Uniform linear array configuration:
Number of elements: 64
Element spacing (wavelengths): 0.75
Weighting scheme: exponential
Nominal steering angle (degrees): -30
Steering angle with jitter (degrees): -28.955
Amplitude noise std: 0.05
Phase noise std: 0.05

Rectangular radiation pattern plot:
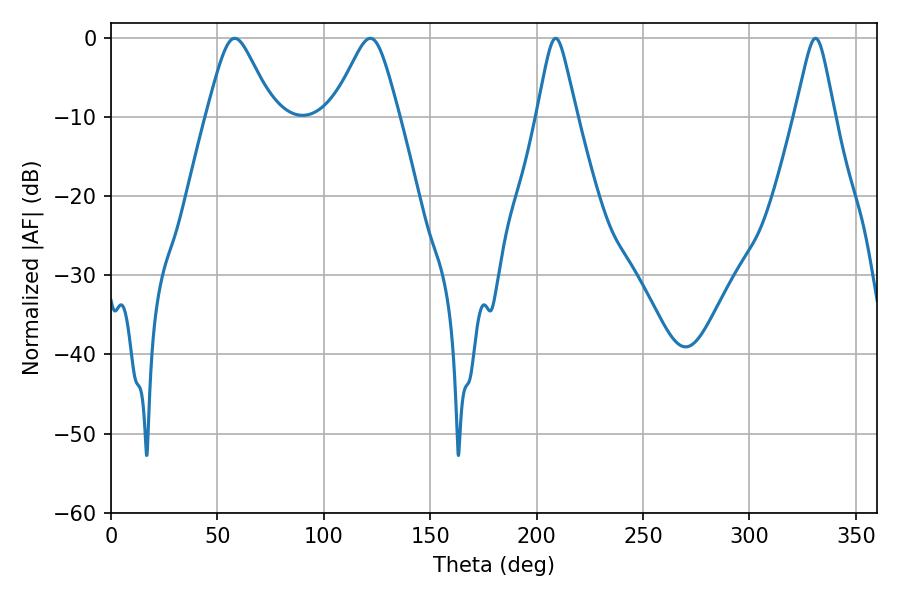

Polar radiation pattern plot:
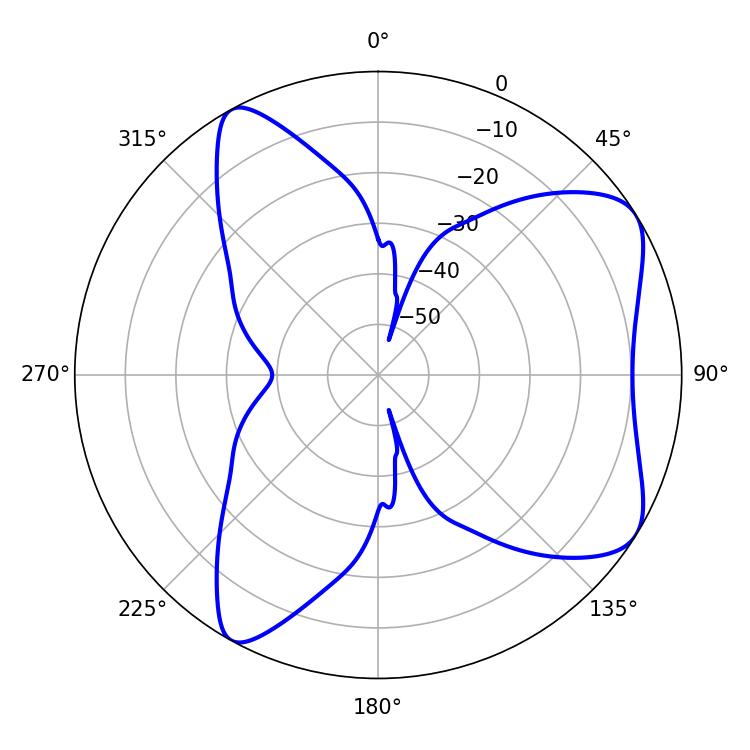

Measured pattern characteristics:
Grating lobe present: TRUE
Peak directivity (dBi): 7.093
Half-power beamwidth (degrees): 14.94
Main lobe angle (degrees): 58.14